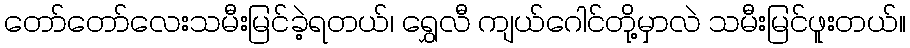
တော်တော်လေးသမီးမြင်ခဲ့ရတယ်၊ ရွှေလီ ကျယ်ဂေါင်တို့မှာလဲ သမီးမြင်ဖူးတယ်။